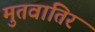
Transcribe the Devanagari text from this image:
मुतवातिर